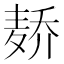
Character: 𱋑